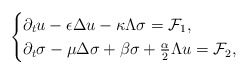
\begin{align*} \setlength{\abovedisplayskip}{3pt} \setlength{\belowdisplayskip}{3pt} \begin{cases} \partial_tu-\epsilon\Delta u-\kappa \Lambda\sigma=\mathcal{F}_1,\\ \partial_t\sigma-\mu\Delta\sigma+\beta\sigma+\frac{\alpha}{2}\Lambda u=\mathcal{F}_2, \end{cases} \end{align*}